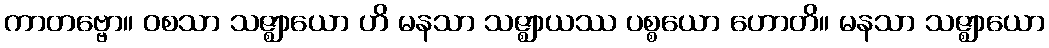
ကာတဗ္ဗော။ ဝစသာ သဇ္ဈာယော ဟိ မနသာ သဇ္ဈာယဿ ပစ္စယော ဟောတိ။ မနသာ သဇ္ဈာယော